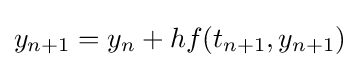
y_{n+1}=y_{n}+hf(t_{n+1},y_{n+1})